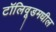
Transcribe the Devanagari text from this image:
टॉलिवूडमधील